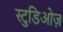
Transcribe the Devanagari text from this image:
स्टुडिओज़